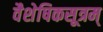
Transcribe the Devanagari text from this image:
वैशेषिकसूत्रम्